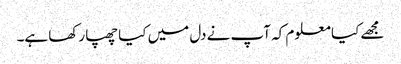
مجھے کیا معلوم کہ آپ نے دل میں کیا چھپا رکھا ہے۔